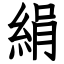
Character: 絹